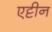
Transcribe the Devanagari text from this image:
एट्टीन